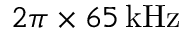
2 \pi \times 6 5 \, \mathrm { k H z }